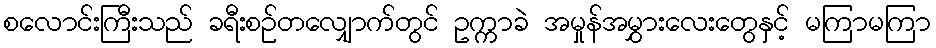
စလောင်းကြီးသည် ခရီးစဉ်တလျှောက်တွင် ဥက္ကာခဲ အမှုန်အမွှားလေးတွေနှင့် မကြာမကြာ